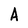
Character: A